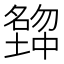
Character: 𡒒